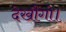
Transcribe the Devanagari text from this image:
देखौंगो।